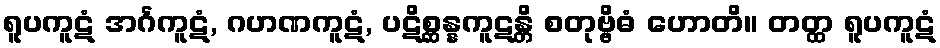
ရူပကူဋံ အင်္ဂကူဋံ, ဂဟဏကူဋံ, ပဋိစ္ဆန္နကူဋန္တိ စတုဗ္ဗိဓံ ဟောတိ။ တတ္ထ ရူပကူဋံ